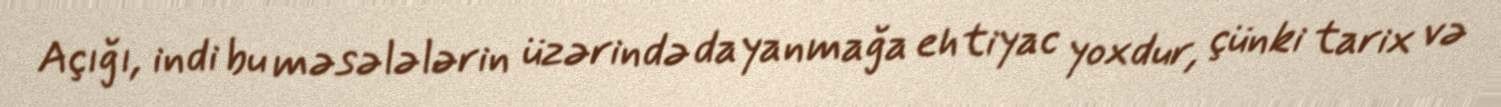
Açığı, indi bu məsələlərin üzərində dayanmağa ehtiyac yoxdur, çünki tarix və